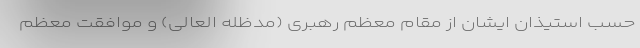
حسب استیذان ایشان از مقام معظم رهبری (مدظله العالی) و‌ موافقت معظم